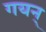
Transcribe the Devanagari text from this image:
गयन्